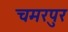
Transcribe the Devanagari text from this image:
चमरपुर